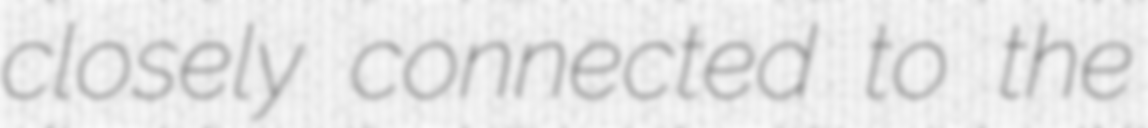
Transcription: closely connected to the